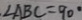
. \angle A B C = 9 0 ^ { \circ }